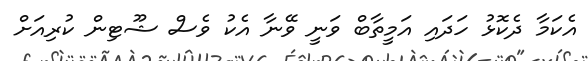
އެކަމާ ދެކޮޅު ހަދައި އަމީތާބް ވަނީ ވޭނާ އެކު ވެސް ޝޫޓިން ކުރިއަށް